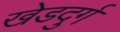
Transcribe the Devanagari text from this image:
खेडदुर्ग